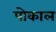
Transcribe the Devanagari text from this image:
पोकाल